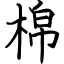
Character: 棉